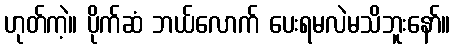
ဟုတ်ကဲ့။ ပိုက်ဆံ ဘယ်လောက် ပေးရမလဲမသိဘူးနော်။